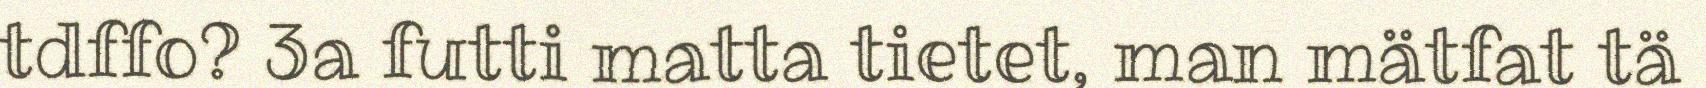
tdffo? 3a futti matta tietet, man mätfat tä